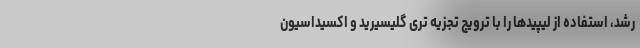
رشد، استفاده از لیپیدها را با ترویج تجزیه تری گلیسیرید و اکسیداسیون